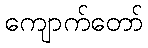
ကျောက်တော်